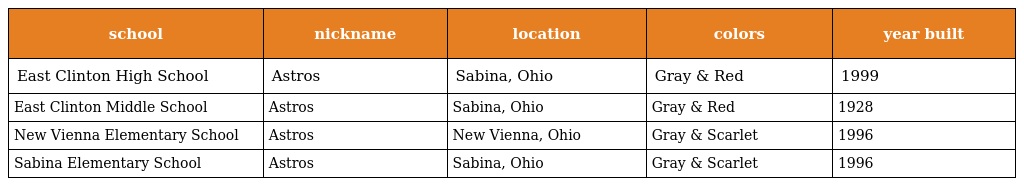
| school | nickname | location | colors | year built |
 | --- | --- | --- | --- | --- |
 | East Clinton High School | Astros | Sabina, Ohio | Gray & Red | 1999 |
 | East Clinton Middle School | Astros | Sabina, Ohio | Gray & Red | 1928 |
 | New Vienna Elementary School | Astros | New Vienna, Ohio | Gray & Scarlet | 1996 |
 | Sabina Elementary School | Astros | Sabina, Ohio | Gray & Scarlet | 1996 |